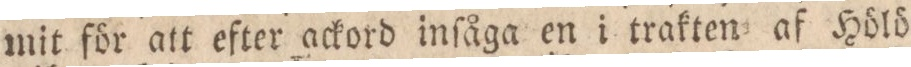
mit för att efter ackord inſåga en i trakten af Hölö